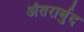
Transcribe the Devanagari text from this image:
अंतरार्बुद